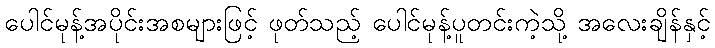
ပေါင်မုန့်အပိုင်းအစများဖြင့် ဖုတ်သည့် ပေါင်မုန့်ပူတင်းကဲ့သို့ အလေးချိန်နှင့်